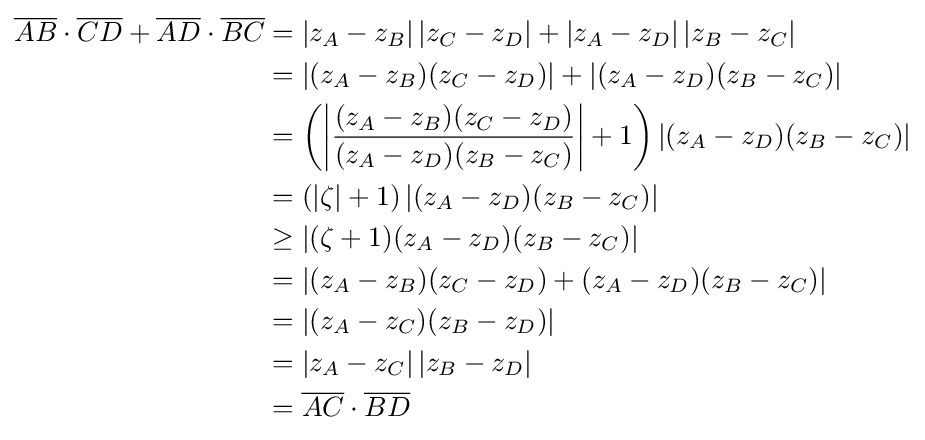
{\begin{aligned}{\overline {AB}}\cdot {\overline {CD}}+{\overline {AD}}\cdot {\overline {BC}}&=\left|z_{A}-z_{B}\right|\left|z_{C}-z_{D}\right|+\left|z_{A}-z_{D}\right|\left|z_{B}-z_{C}\right|\\&=\left|(z_{A}-z_{B})(z_{C}-z_{D})\right|+\left|(z_{A}-z_{D})(z_{B}-z_{C})\right|\\&=\left(\left|{\frac {(z_{A}-z_{B})(z_{C}-z_{D})}{(z_{A}-z_{D})(z_{B}-z_{C})}}\right|+1\right)\left|(z_{A}-z_{D})(z_{B}-z_{C})\right|\\&=\left(\left|\zeta \right|+1\right)\left|(z_{A}-z_{D})(z_{B}-z_{C})\right|\\&\geq \left|(\zeta +1)(z_{A}-z_{D})(z_{B}-z_{C})\right|\\&=\left|(z_{A}-z_{B})(z_{C}-z_{D})+(z_{A}-z_{D})(z_{B}-z_{C})\right|\\&=\left|(z_{A}-z_{C})(z_{B}-z_{D})\right|\\&=\left|z_{A}-z_{C}\right|\left|z_{B}-z_{D}\right|\\&={\overline {AC}}\cdot {\overline {BD}}\end{aligned}}